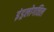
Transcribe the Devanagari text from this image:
इंड्रलोगत्तिल